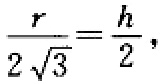
\frac{r}{2\sqrt{3}}=\frac{h}{2},